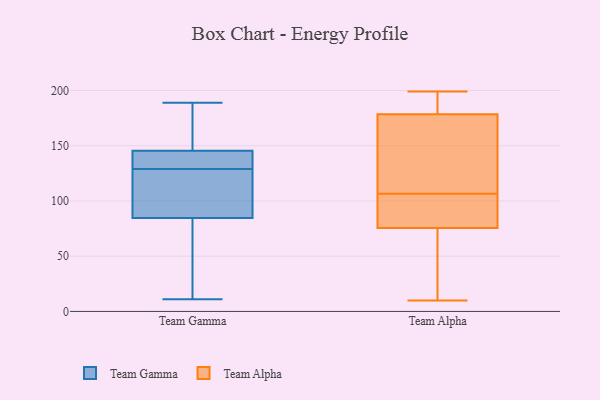
{"axis": {"x": "Shipments", "y": "Value"}, "legend": ["Team Alpha", "Team Gamma"], "data": [{"x": "", "y": 127, "type": "Team Gamma"}, {"x": "", "y": 91, "type": "Team Gamma"}, {"x": "", "y": 11, "type": "Team Gamma"}, {"x": "", "y": 189, "type": "Team Gamma"}, {"x": "", "y": 147, "type": "Team Gamma"}, {"x": "", "y": 82, "type": "Team Gamma"}, {"x": "", "y": 87, "type": "Team Gamma"}, {"x": "", "y": 144, "type": "Team Gamma"}, {"x": "", "y": 144, "type": "Team Gamma"}, {"x": "", "y": 156, "type": "Team Gamma"}, {"x": "", "y": 131, "type": "Team Gamma"}, {"x": "", "y": 12, "type": "Team Gamma"}, {"x": "", "y": 101, "type": "Team Alpha"}, {"x": "", "y": 179, "type": "Team Alpha"}, {"x": "", "y": 10, "type": "Team Alpha"}, {"x": "", "y": 112, "type": "Team Alpha"}, {"x": "", "y": 75, "type": "Team Alpha"}, {"x": "", "y": 127, "type": "Team Alpha"}, {"x": "", "y": 195, "type": "Team Alpha"}, {"x": "", "y": 50, "type": "Team Alpha"}, {"x": "", "y": 52, "type": "Team Alpha"}, {"x": "", "y": 76, "type": "Team Alpha"}, {"x": "", "y": 199, "type": "Team Alpha"}, {"x": "", "y": 82, "type": "Team Alpha"}, {"x": "", "y": 178, "type": "Team Alpha"}, {"x": "", "y": 20, "type": "Team Alpha"}, {"x": "", "y": 189, "type": "Team Alpha"}, {"x": "", "y": 163, "type": "Team Alpha"}, {"x": "", "y": 79, "type": "Team Alpha"}, {"x": "", "y": 182, "type": "Team Alpha"}, {"x": "", "y": 117, "type": "Team Alpha"}, {"x": "", "y": 85, "type": "Team Alpha"}]}